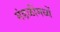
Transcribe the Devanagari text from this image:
मंडळींमध्यें